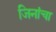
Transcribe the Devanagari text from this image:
जिनांचा